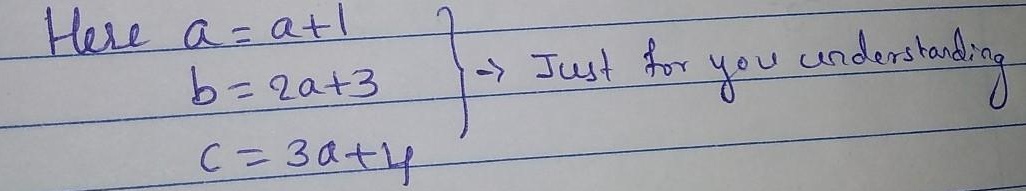
Here \(\begin{cases}a=a + 1\\b = 2a+3\\c=3a + 4\end{cases}\) $\rightarrow$ Just for you understanding